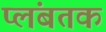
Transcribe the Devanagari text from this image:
प्लंबतक